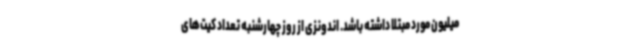
میلیون مورد مبتلا داشته باشد. اندونزی از روز چهارشنبه تعداد کیت‌های